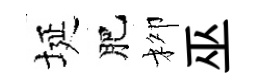
埏肥柳巫